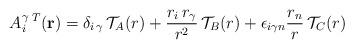
LaTeX: \begin{align*}A_i^{\gamma}\,^T({\bf r})={\delta}_{{i}\,{\gamma}}\,{\cal T}_{A}(r)+\frac{r_i\,r_{\gamma}}{r^2}\,{\cal T}_{B}(r)+{\epsilon}_{i{\gamma}n}\frac{r_n}{r}\,{\cal T}_{C}(r)\end{align*}